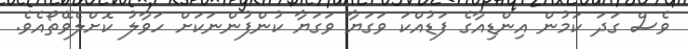
ވެސް ގަދަ ކަމުން އިންޑިއާގެ ފަޑުއްކަ ވަގަޔާ ވަގަޔާ ކުންފުންނަކަށް ހަވާލު ކޮށްލެވޭތޯއެވެ.